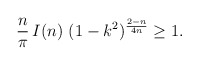
\begin{align*}\frac{n}{\pi}\, I(n) \, \, (1-k^2)^{\frac{2-n}{4n}} \geq 1.\end{align*}